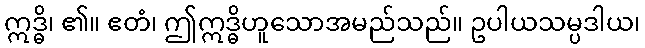
ဣဒ္ဓိ၊ ၏။ ဧတံ၊ ဤဣဒ္ဓိဟူသောအမည်သည်။ ဥပါယသမ္ပဒါယ၊